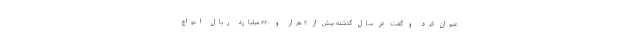
عنوان کرد و گفت: در سال گذشته بیش از ۲ هزار و ۶۶۰ میلیارد ریال انواع